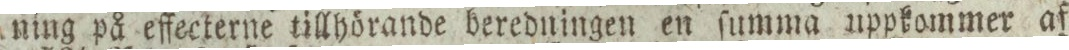
ning på effecterne tillhörande beredningen en ſumma uppkommer af